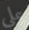
علي